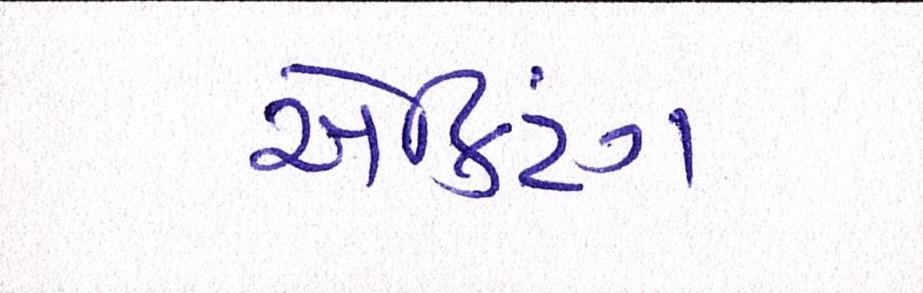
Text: ઍક્ટિંગ